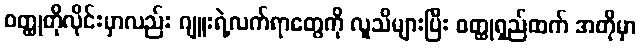
ဝတ္ထုတိုလိုင်းမှာလည်း ဂျူးရဲ့လက်ရာတွေကို လူသိများပြီး ဝတ္ထုရှည်ထက် အတိုမှာ